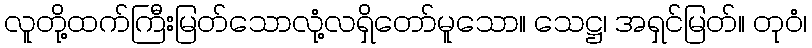
လူတို့ထက်ကြီးမြတ်သောလုံ့လရှိတော်မူသော။ သေဋ္ဌ၊ အရှင်မြတ်။ တုဝံ၊